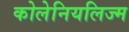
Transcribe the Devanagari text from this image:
कोलेनियलिज्म